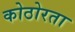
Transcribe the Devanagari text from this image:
कोठोरता